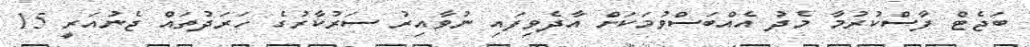
ބަޖެޓް ފާސްކުރުމާ މެދު އެއްބަސްވުމަކަށް އާދެވިފައި ނުވާއިރު ސަރުކާރުގެ ހަރަދުތައް ޖެނުއަރީ 15